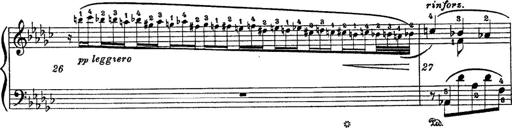
Title: 6 Polish Songs
Composer: Franz Liszt